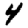
Digit: 4